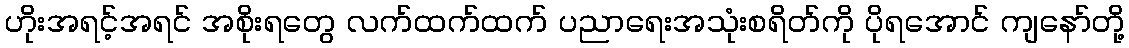
ဟိုးအရင့်အရင် အစိုးရတွေ လက်ထက်ထက် ပညာရေးအသုံးစရိတ်ကို ပိုရအောင် ကျနော်တို့